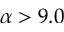
\alpha > 9 . 0